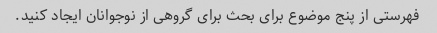
فهرستی از پنج موضوع برای بحث برای گروهی از نوجوانان ایجاد کنید.